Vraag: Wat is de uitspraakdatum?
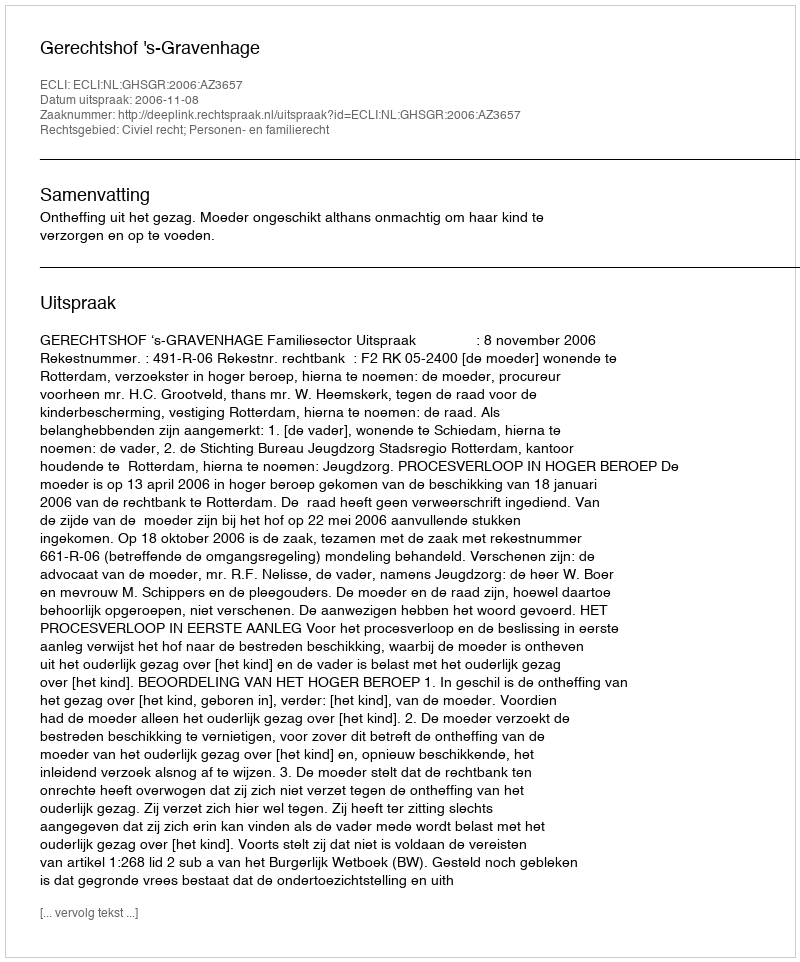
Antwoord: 2006-11-08